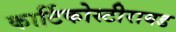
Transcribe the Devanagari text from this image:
कार्टिकोस्टीरायड